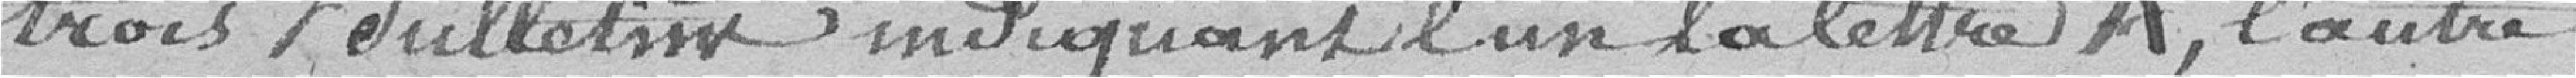
trois bulletins indiquant l'un la lettre A, l'autre